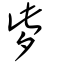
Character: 㱔